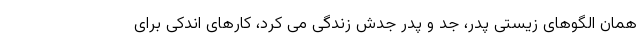
همان الگوهای زیستی پدر، جد و پدر جدش زندگی می کرد، کارهای اندکی برای